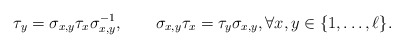
\begin{align*} \tau_y = \sigma_{x,y} \tau_x \sigma^{-1}_{x,y},\qquad\sigma_{x,y}\tau_x = \tau_y \sigma_{x,y},\forall x,y \in \{1,\dots,\ell\}.\end{align*}